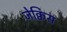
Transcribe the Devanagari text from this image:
जेक्विस